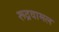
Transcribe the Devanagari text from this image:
रूद्रवामल